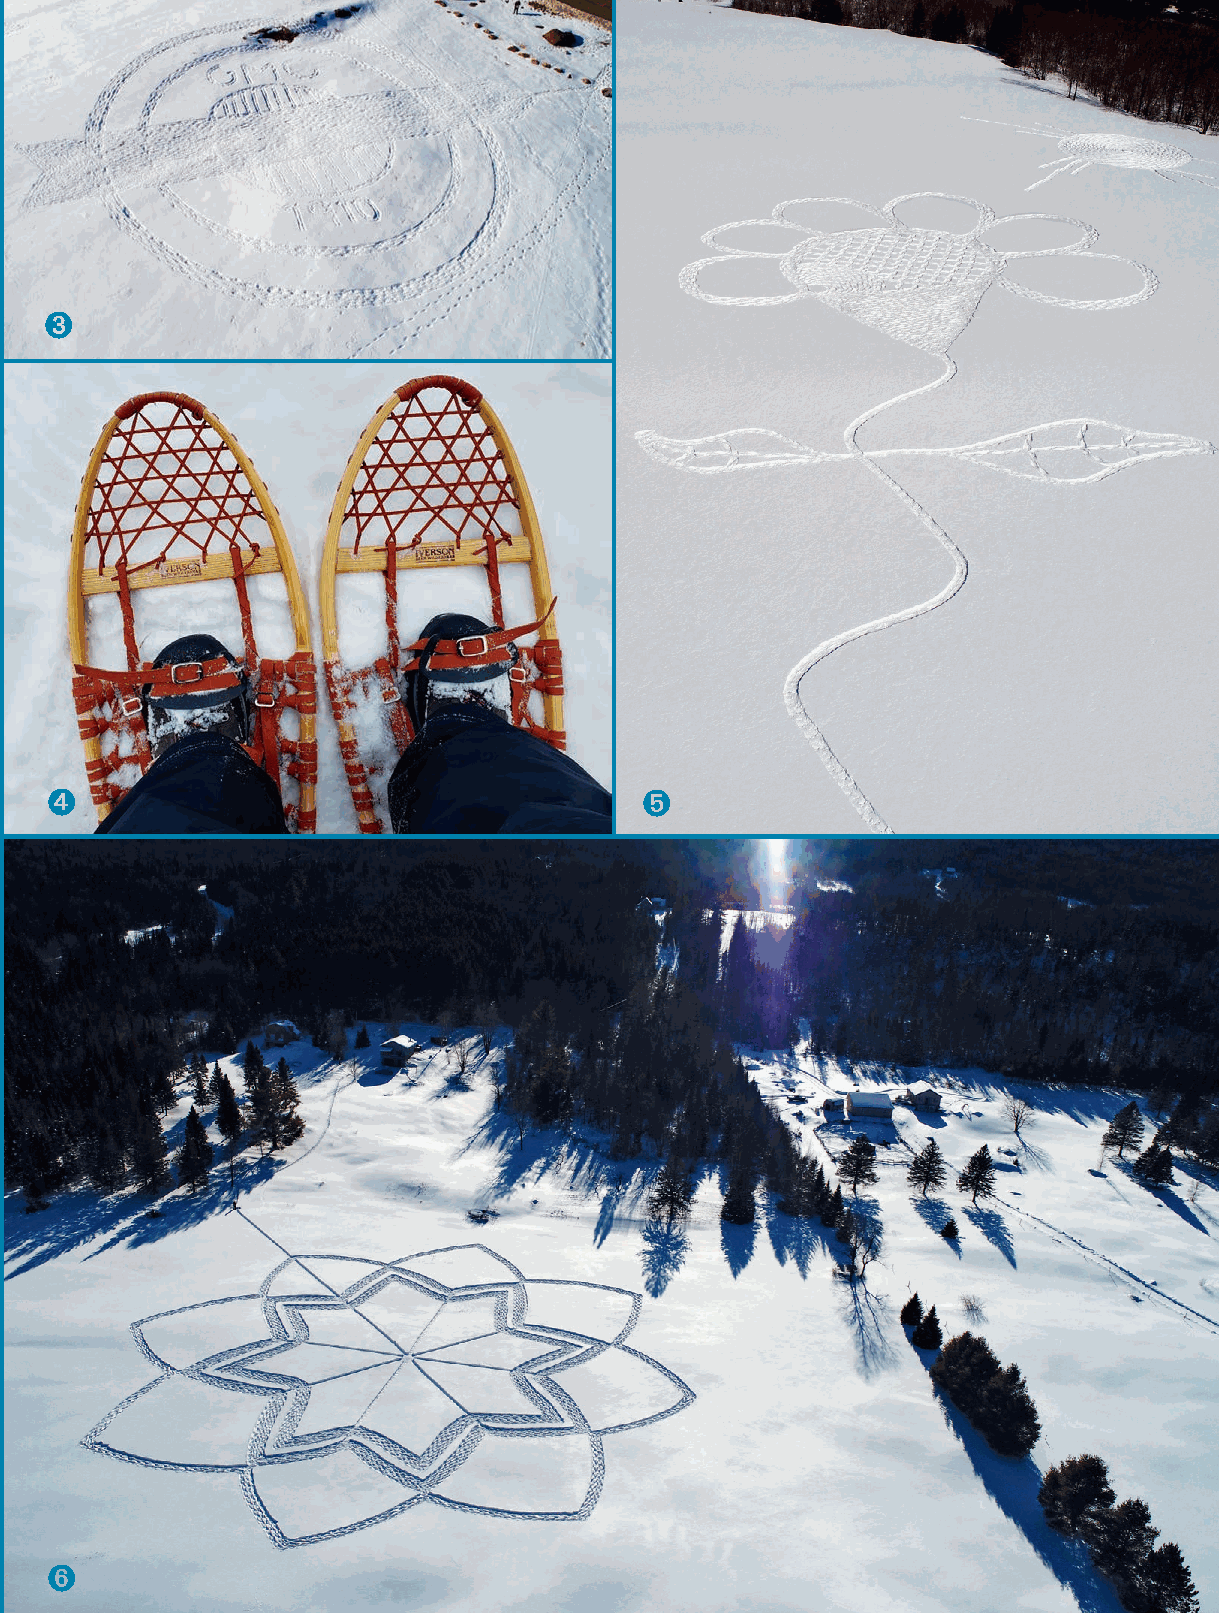
➌
 ➍                                       ➎
 ➏